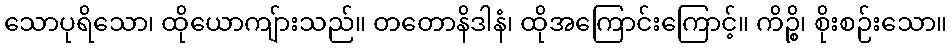
သောပုရိသော၊ ထိုယောကျ်ားသည်။ တတောနိဒါနံ၊ ထိုအကြောင်းကြောင့်။ ကိဉ္စိ၊ စိုးစဉ်းသော။